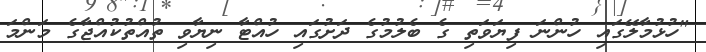
"ހުޅުމާލޭގައި ހުންނަ ފިޔަވަތި ގެ ބެލުމުގެ ދަށުގައި ހުއްޓާ ނިޔާވި ތުއްތުކުއްޖާގެ މަންމަ